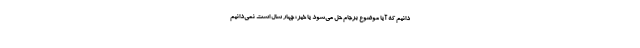
‌دانیم که آیا موضوع برجام حل می‌شود یا خیر؛ چهار سال است نمی‌دانیم